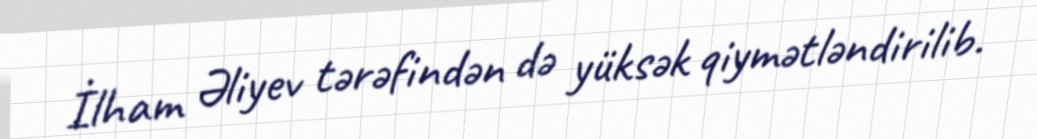
İlham Əliyev tərəfindən də yüksək qiymətləndirilib.